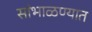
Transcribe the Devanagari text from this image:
सांभाळण्यात